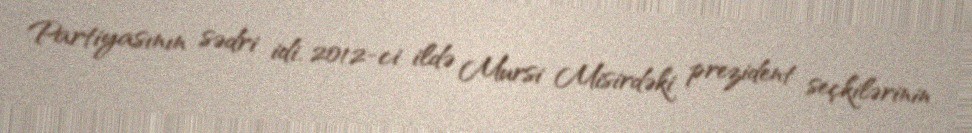
Partiyasının sədri idi. 2012-ci ildə Mursi Misirdəki prezident seçkilərinin